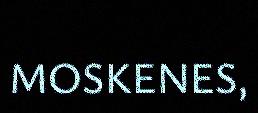
MOSKENES,